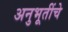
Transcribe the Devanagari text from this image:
अनुभूतींचे